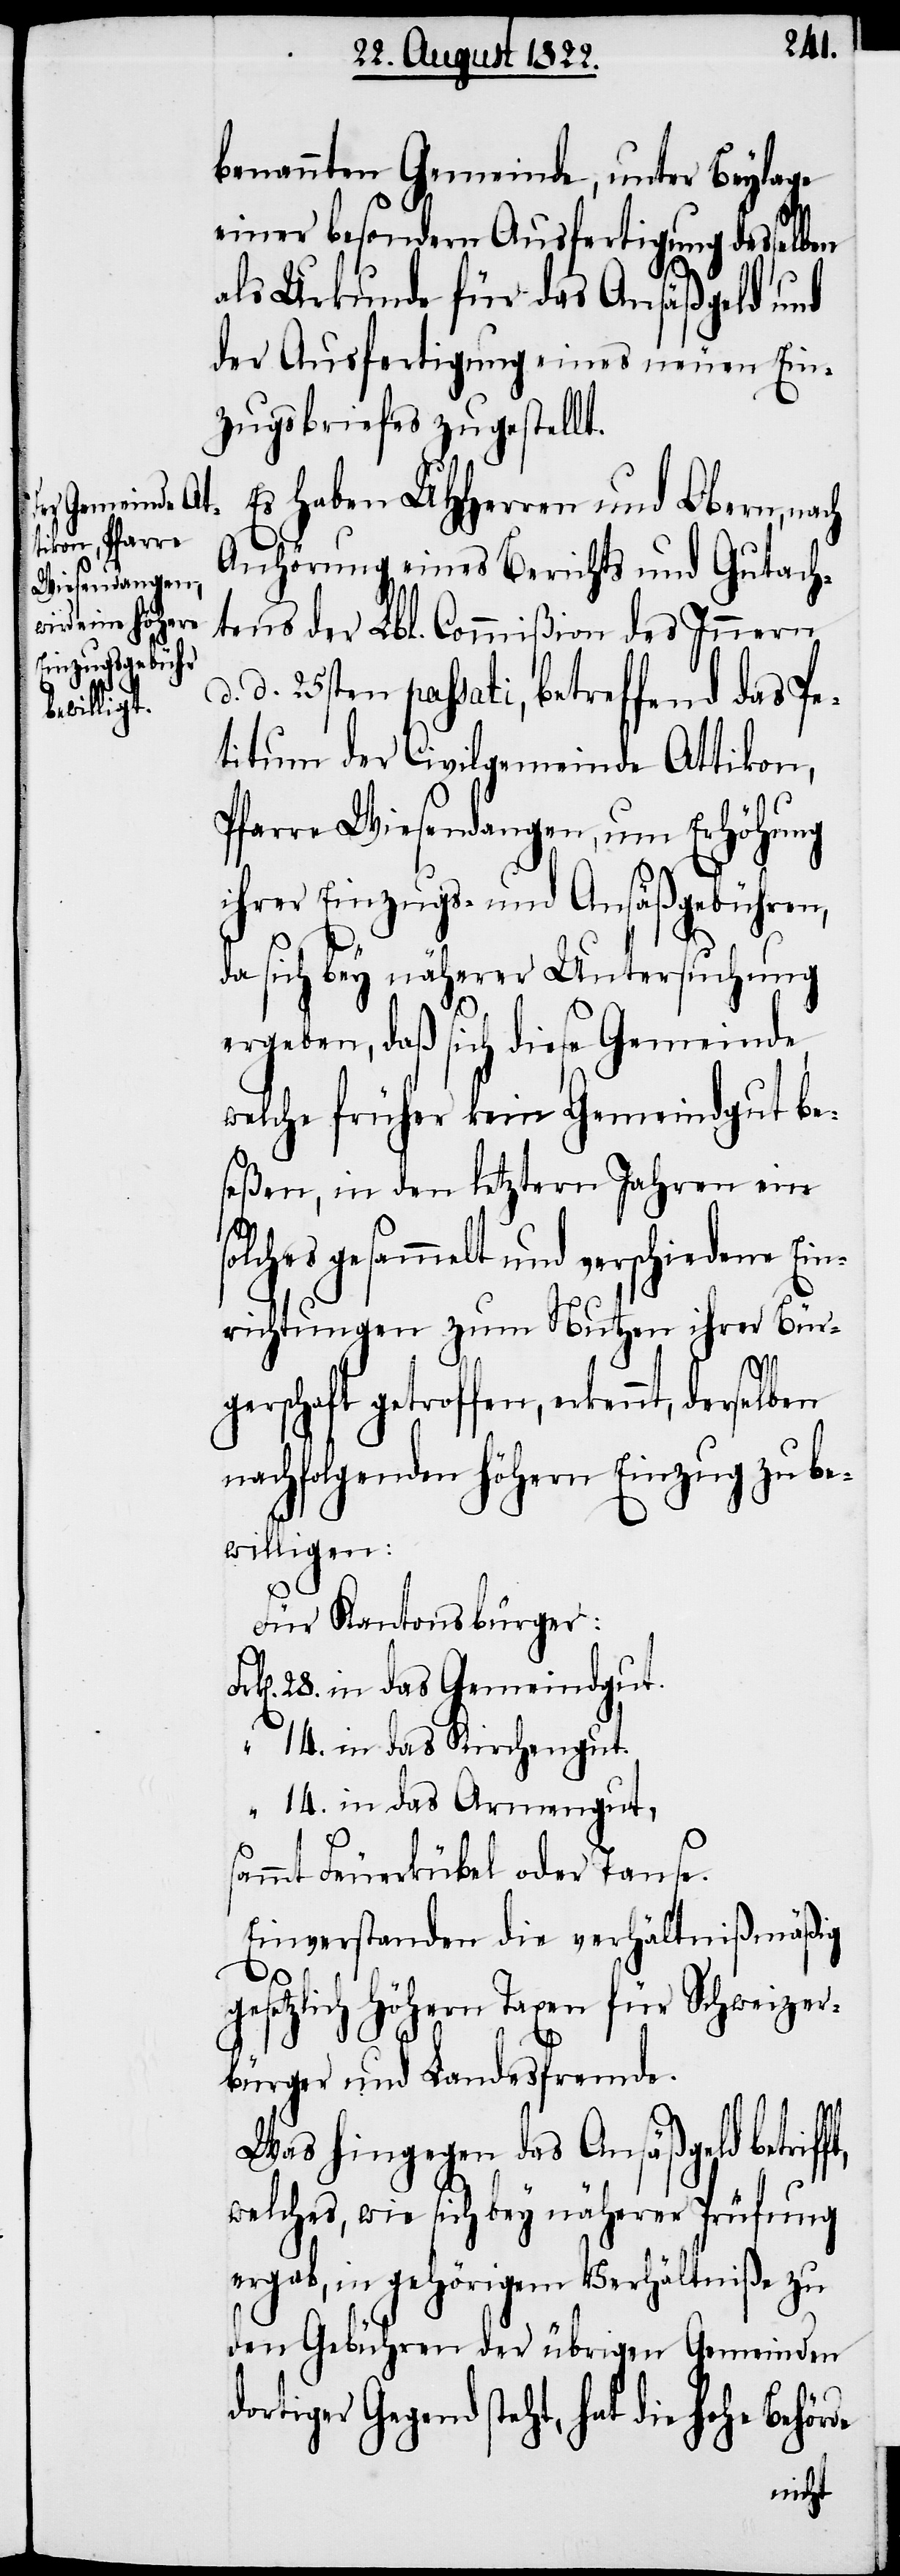
dortige¬

benannten Gemeinde, unter Beylage
einer besondern Ausfertigung desselben
als Urkunde für das Ansäßgeld und
der Ausfertigung eines neuen Ein¬
zugsbriefes zugestellt.
Es haben UHHerrn und Obern,
Anhörung eines Berichts und Gutach¬
tens der Lbl. Commißion des Innern
d. 25sten passati, betreffend das Pe¬
titum der Civilgemeinde Attikon,
Pfarre Wiesendangen, um Erhöhung
ihrer Einzugs- und Ansäßgebühren,
da sich bey näherer Untersuchung
ergeben, daß sich diese Gemeinde
welche früher kein Gemeindgut be¬
seßen, in den letztern Jahren ein
olches gesammelt und verschiedene Ein¬
richtungen zum Nutzen ihrer Bürg¬
getroffen, erkennt, derselben
nachfolgenden höhern Einzug zu be¬
willigen:
de
Für Kantonsbürger:
28. in das Gemeindgut.
„		14. in das Kirchengut.
„		14. in das Armengut,
ammt Feuerkübel oder Taufe.
Einverstanden die verhältnißmäßig
gesetzlich höhern Taxen für Schweizer¬
bürger und Landesfremde.
Was hingegen das Ansäßgeld betrif¬
welches, wie sich bey näherer Prüfung
ergab, in gehörigem Verhältniße zu
den Gebühren der übrigen Gemeinden
r Gegend steht, hat die Hohe Behör¬